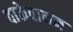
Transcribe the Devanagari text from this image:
वाकेवानन